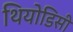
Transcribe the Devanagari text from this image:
थियोडिसी